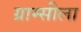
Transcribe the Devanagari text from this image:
ग्राम्सीला